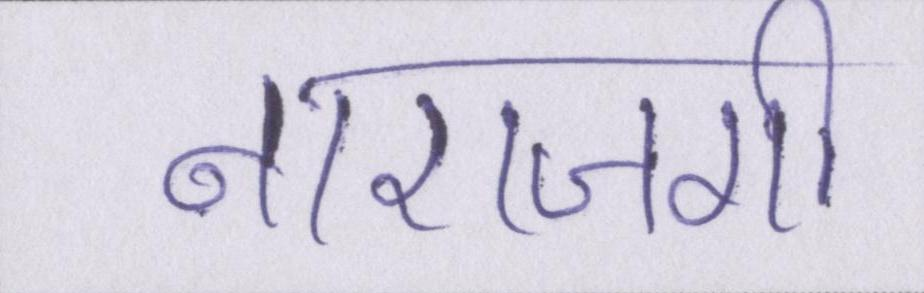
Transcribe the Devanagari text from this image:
नाराजगी